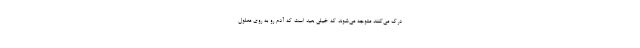
درک می‌کنند متوجه می‌شوند که خیلی بعید است که آدم رو به روی معلول